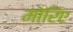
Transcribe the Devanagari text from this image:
मोरिए